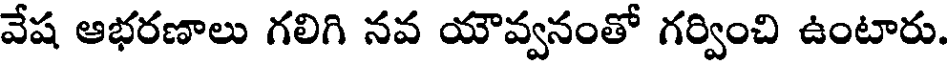
వేష ఆభరణాలు గలిగి నవ యౌవ్వనంతో గర్వించి ఉంటారు.